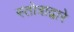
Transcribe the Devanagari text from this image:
स्तोत्राद्वारे